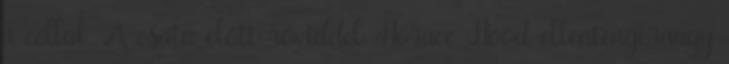
a céllal. A csata előtt röviddel Horace Hood ellentengernagy